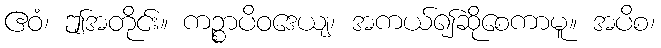
ဧဝံ၊ ဤအတိုင်း။ ကဉ္စာပိဝဒေယျ၊ အကယ်၍ဆိုစေကာမူ။ အပိစ၊